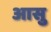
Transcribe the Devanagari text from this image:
आसु